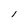
Character: I